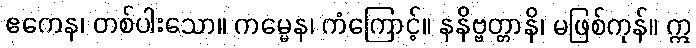
ဧကေန၊ တစ်ပါးသော။ ကမ္မေန၊ ကံကြောင့်။ နနိဗ္ဗတ္တာနိ၊ မဖြစ်ကုန်။ ဣ